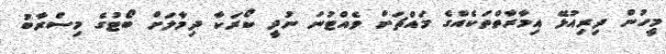
މީހުން ދިރިއުޅޭ އިމާރާތްތަކެއްގެ މައްޗަށް ވެއްޓުނަ ނުދީ ކޯރަކާ ދިމާލަށް ބޯޓުގެ މިސްރާބު